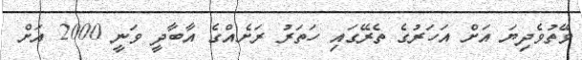
ވޭތުވެދިޔަ އަށް އަހަރުގެ ތެރޭގައި ހަތަރު ރަށެއްގެ އާބާދީ ވަނީ 2000 އަށް